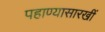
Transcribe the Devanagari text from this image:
पहाण्यासारखीं